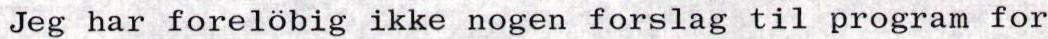
Jeg har forelöbig ikke nogen forslag til program for